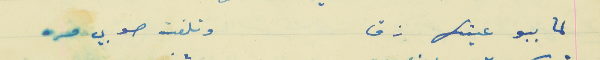
لما ببو عينها زق                           وتلفت صوبي مره